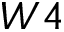
W 4